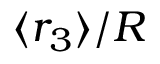
\langle r _ { 3 } \rangle / R